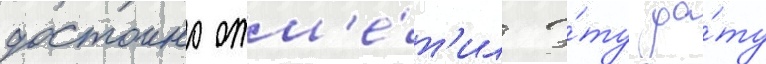
достоино отм'е́т'ил э́ту да́ту